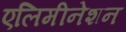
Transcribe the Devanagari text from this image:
एलिमीनेशन